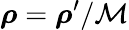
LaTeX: \boldsymbol{\rho}=\boldsymbol{\rho}^{\prime}/\mathcal{M}